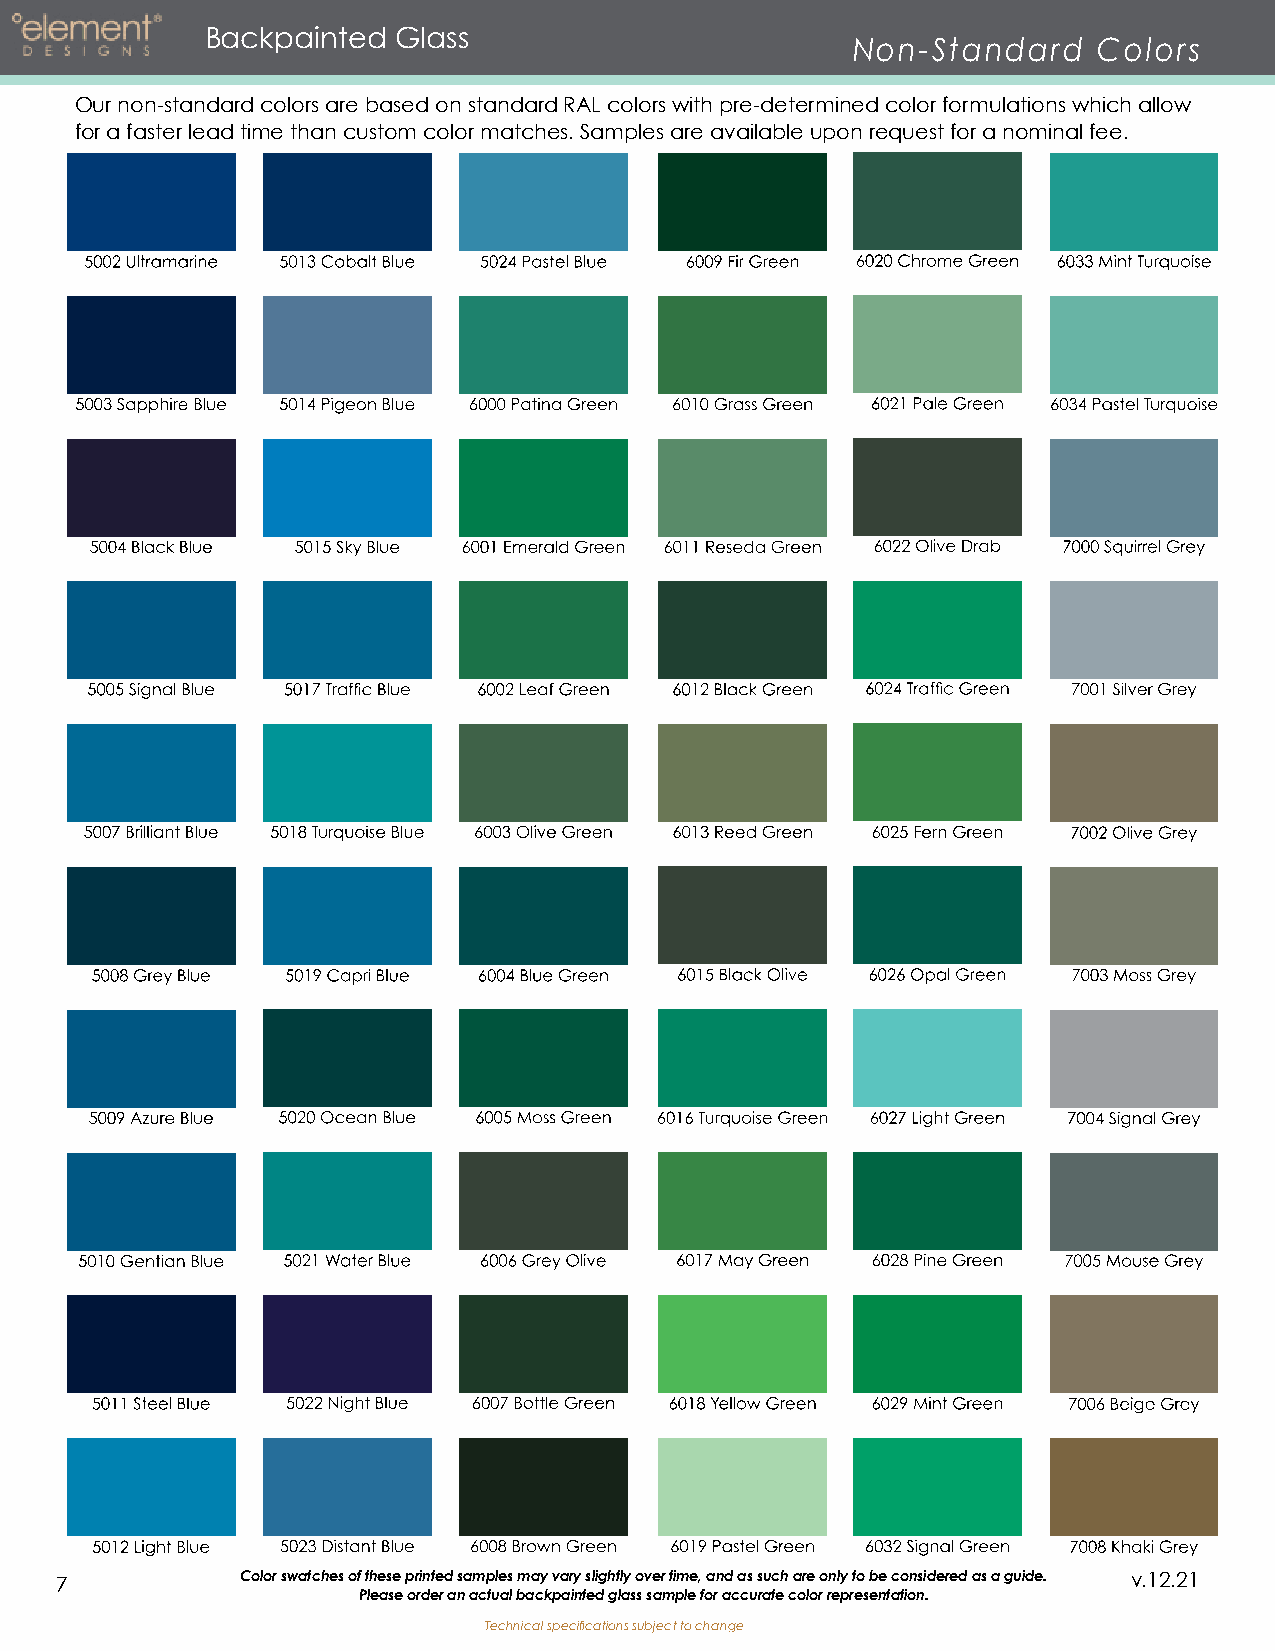
Backpainted Glass
 Non-Standard     Colors
 Our non-standard colors are based on standard RAL colors with pre-determined color formulations which allow
 for a faster lead time than custom color matches. Samples are available upon request for a nominal fee.
 7           Color swatches of these printed samples may vary slightly over time, and as such are only to be considered as a guide. v.12.21
 Please order an actual backpainted glass sample for accurate color representation.
 Technical specifications subject to change